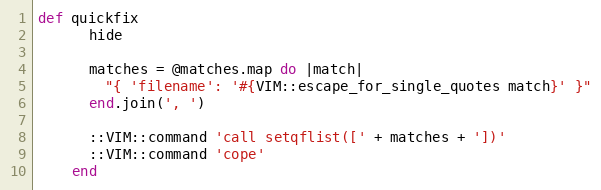
Language: Ruby
def quickfix
      hide

      matches = @matches.map do |match|
        "{ 'filename': '#{VIM::escape_for_single_quotes match}' }"
      end.join(', ')

      ::VIM::command 'call setqflist([' + matches + '])'
      ::VIM::command 'cope'
    end